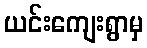
ယင်းကျေးရွာမှ